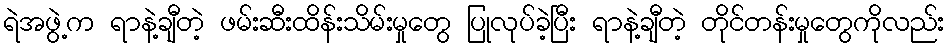
ရဲအဖွဲ့က ရာနဲ့ချီတဲ့ ဖမ်းဆီးထိန်းသိမ်းမှုတွေ ပြုလုပ်ခဲ့ပြီး ရာနဲ့ချီတဲ့ တိုင်တန်းမှုတွေကိုလည်း